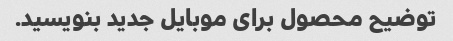
توضیح محصول برای موبایل جدید بنویسید.